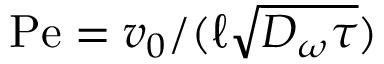
\mathrm { P e } = v _ { 0 } / ( \ell \sqrt { D _ { \omega } \tau } )